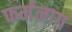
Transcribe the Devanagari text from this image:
फर्मनाग